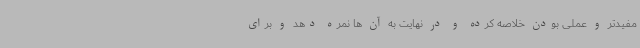
مفیدتر و عملی بودن خلاصه کرده و در نهایت به آن ها نمره دهد و برای